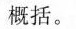
概括。